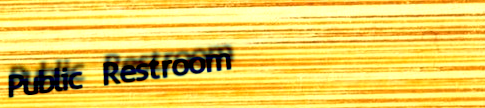
Public Restroom